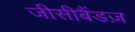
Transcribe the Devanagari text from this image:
जीसीबैंडज़